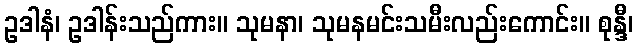
ဥဒါနံ၊ ဥဒါန်းသည်ကား။ သုမနာ၊ သုမနမင်းသမီးလည်းကောင်း။ စုန္ဒီ၊